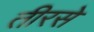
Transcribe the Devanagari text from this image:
तीरसे